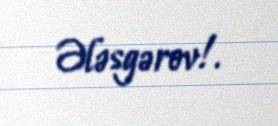
Ələsgərov!.